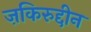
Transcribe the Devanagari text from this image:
ज़किरुद्दीन